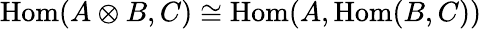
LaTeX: {\mathrm{Hom}}(A\otimes B,C)\cong{\mathrm{Hom}}(A,{\mathrm{Hom}}(B,C))